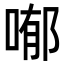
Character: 喐